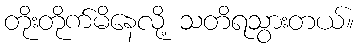
တိုးတိုက်မိနေလို့ သတိရသွားတယ်။